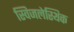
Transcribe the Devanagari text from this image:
स्विजलेस्थिक